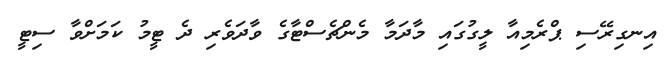
އިނގިރޭސި ޕްރެމިއާ ލީގުގައި މާދަމާ މެންޗެސްޓާގެ ވާދަވެރި ދެ ޓީމު ކަމަށްވާ ސިޓީ